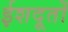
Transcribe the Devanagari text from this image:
ईशदूतों